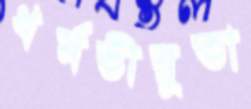
ধর্মভীরুতা